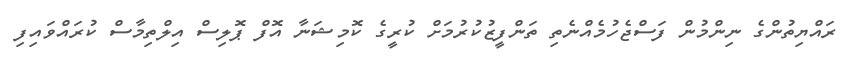
ރައްޔިތުންގެ ނިންމުން ފަސްޖެހުމެއްނެތި ތަންފީޒުކުރުމަށް ކުރީގެ ކޮމިޝަނާ އޮފް ޕޮލިސް އިލްތިމާސް ކުރައްވައިފި